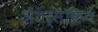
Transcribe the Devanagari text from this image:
अंतर्सक्रिय